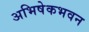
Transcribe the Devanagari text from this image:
अभिषेकभवन